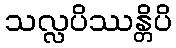
သလ္လပိဿန္တိပိ